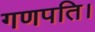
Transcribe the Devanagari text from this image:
गणपति।